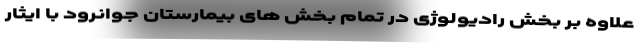
علاوه بر بخش رادیولوژی در تمام بخش های بیمارستان جوانرود با ایثار